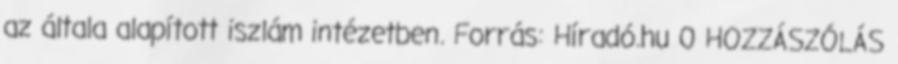
az általa alapított iszlám intézetben. Forrás: Híradó.hu 0 HOZZÁSZÓLÁS